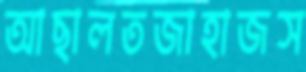
আছালতজাহাজস